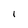
Character: 1